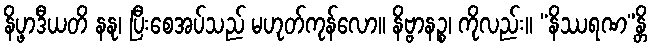
နိပ္ဖာဒီယတိ နနု၊ ပြီးစေအပ်သည် မဟုတ်ကုန်လော။ နိဗ္ဗာနဉ္စ၊ ကိုလည်း။ “နိဿရဏ”န္တိ